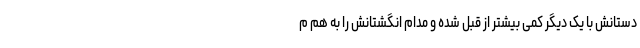
دستانش با یک دیگر کمی بیشتر از قبل شده و مدام انگشتانش را به هم م